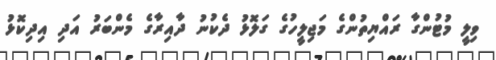
ވިލީ މުޓުންގާ ރައްޔިތުންގެ މަޖިލީހުގެ ގަލޮޅު ދެކުނު ދާއިރާގެ މެންބަރު އަދި އިދިކޮޅު